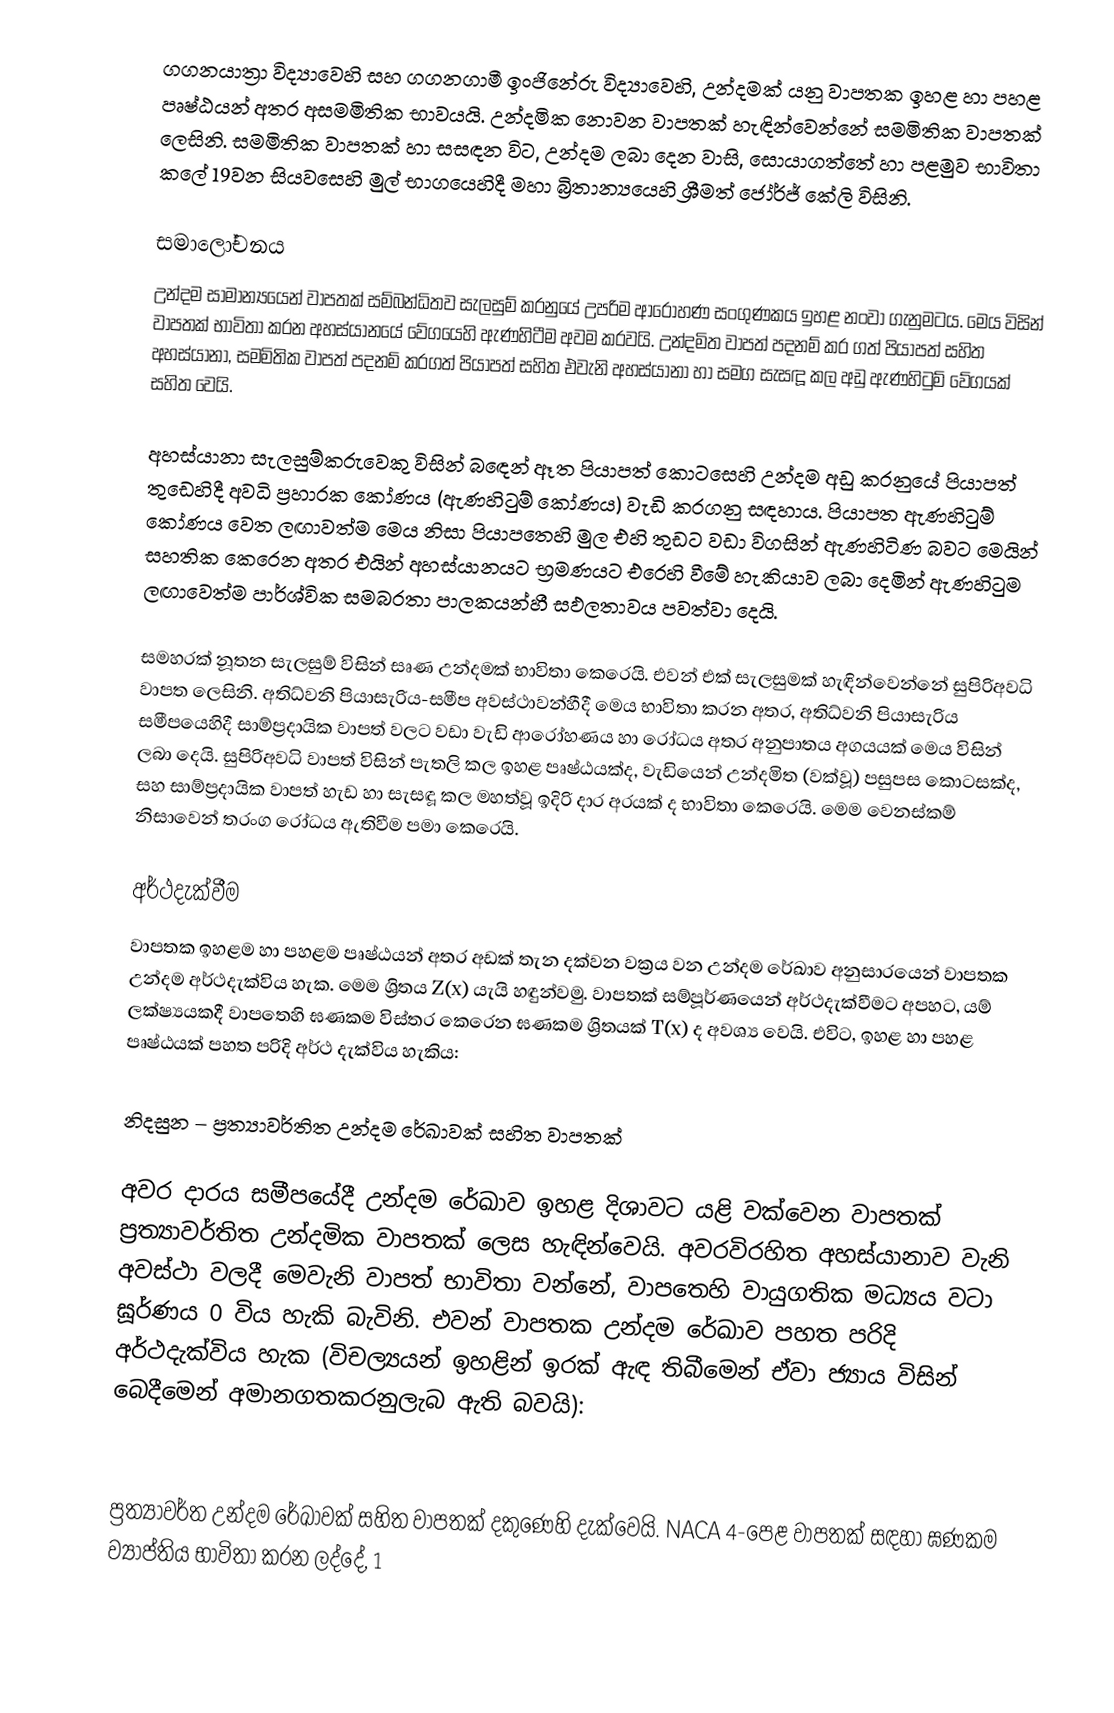
ගගනයාත්‍රා විද්‍යාවෙහි සහ ගගනගාමී ඉංජිනේරු විද්‍යාවෙහි, උන්දමක් යනු වාපතක ඉහළ හා පහළ පෘෂ්ඨයන් අතර අසමමිතික භාවයයි. උන්දමික නොවන වාපතක් හැඳින්වෙන්නේ සමමිතික වාපතක් ලෙසිනි. සමමිතික වාපතක් හා සසඳන විට, උන්දම ලබා දෙන වාසි, සොයාගත්තේ හා පළමුව භාවිතා කලේ 19වන සියවසෙහි මුල් භාගයෙහිදී මහා බ්‍රිතාන්‍යයෙහි ශ්‍රීමත් ජෝර්ජ් කේලි විසිනි.

සමාලෝචනය
උන්දම සාමාන්‍යයෙන් වාපතක් සම්බන්ධිතව සැලසුම් කරනුයේ  උපරිම ආරෝහණ සංගුණකය ඉහළ නංවා ගැනුමටය.  මෙය විසින්  වාපතක් භාවිතා කරන  අහස්යානයේ වේගයෙහි  ඇණහිටීම අවම කරවයි.  උන්දමිත වාපත් පදනම් කර ගත් පියාපත් සහිත අහස්යානා, සමමිතික වාපත් පදනම් කරගත් පියාපත් සහිත එවැනි අහස්යානා හා සමග සැසඳූ කල අඩු ඇණහිටුම් වේගයක් සහිත වෙයි.

අහස්යානා සැලසුම්කරුවෙකු විසින් බ‍ඳෙන් ඈත පියාපත් කොටසෙහි උන්දම අඩු කරනුයේ පියාපත් තුඩෙහිදී අවධි ප්‍රහාරක කෝණය (ඇණහිටුම් කෝණය) වැඩි කරගනු සඳහාය. පියාපත ඇණහිටුම් කෝණය වෙත ලඟාවත්ම මෙය නිසා පියාපතෙහි මුල එහි තුඩට වඩා විගසින් ඇණහිටිණ  බවට මෙයින් සහතික කෙරෙන අතර එයින් අහස්යානයට භ්‍රමණයට එරෙහි වීමේ හැකියාව ලබා දෙමින් ඇණහිටුම ලඟාවෙත්ම පාර්ශ්වික සමබරතා පාලකයන්හී සඵලතාවය පවත්වා දෙයි.

සමහරක් නූතන සැලසුම් විසින් සෘණ උන්දමක් භාවිතා කෙරෙයි. එවන් එක් සැලසුමක් හැඳින්වෙන්නේ සුපිරිඅවධි වාපත ලෙසිනි. අතිධ්වනි පියාසැරිය-සමීප අවස්ථාවන්හීදී මෙය භාවිතා කරන අතර, අතිධ්වනි පියාසැරිය සමීපයෙහිදී සාම්ප්‍රදායික වාපත් වලට වඩා වැඩි  ආරෝහණය හා රෝධය අතර අනුපාතය අගයයක් මෙය විසින්  ලබා දෙයි. සුපිරිඅවධි වාපත් විසින් පැතලි කල ඉහළ පෘෂ්ඨයක්ද, වැඩියෙන් උන්දමිත (වක්වූ) පසුපස කොටසක්ද, සහ  සාම්ප්‍රදායික වාපත් හැඩ හා සැසඳූ කල මහත්වූ ඉදිරි දාර අරයක් ද භාවිතා කෙරෙයි.  මෙම වෙනස්කම් නිසාවෙන් තරංග රෝධය ඇතිවීම පමා කෙරෙයි.

අර්ථදැක්වීම
වාපතක ඉහළම හා පහළම පෘෂ්ඨයන් අතර අඩක් තැන දක්වන වක්‍රය වන  උන්දම රේඛාව අනුසාරයෙන් වාපතක උන්දම අර්ථදැක්විය හැක. මෙම ශ්‍රිතය Z(x) යැයි හඳුන්වමු. වාපතක් සම්පූර්ණයෙන් අර්ථදැක්වීමට අපහට, යම් ලක්ෂ්‍යයකදී වාපතෙහි ඝණකම විස්තර කෙරෙන ඝණකම ශ්‍රිතයක් T(x) ද අවශ්‍ය වෙයි. එවිට, ඉහළ හා පහළ පෘෂ්ඨයක් පහත පරිදි අර්ථ දැක්විය හැකිය:

නිදසුන – ප්‍රත්‍යාවර්තිත උන්දම රේඛාවක් සහිත වාපතක්

අවර දාරය සමීපයේදී උන්දම රේඛාව ඉහළ දිශාවට යළි වක්වෙන වාපතක් ප්‍රත්‍යාවර්තිත උන්දමික වාපතක් ලෙස හැඳින්වෙයි. අවරවිරහිත අහස්යානාව වැනි අවස්ථා වලදී මෙවැනි වාපත් භාවිතා වන්නේ, වාපතෙහි වායුගතික මධ්‍යය වටා  ඝූර්ණය 0 විය හැකි බැවිනි. එවන් වාපතක උන්දම රේඛාව පහත පරිදි අර්ථදැක්විය හැක  (විචල්‍යයන් ඉහළින් ඉරක් ඇඳ තිබීමෙන් ඒවා ජ්‍යාය විසින් බෙදීමෙන් අමානගතකරනුලැබ ඇති බවයි):

ප්‍රත්‍යාවර්ත උන්දම රේඛාවක් සහිත වාපතක් දකුණෙහි දැක්වෙයි. NACA 4-පෙළ වාපතක් සඳහා ඝණකම ව්‍යාප්තිය භාවිතා කරන ලද්දේ, 1